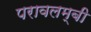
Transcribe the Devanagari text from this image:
परावलम्बी